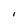
Character: l